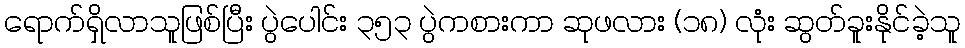
ရောက်ရှိလာသူဖြစ်ပြီး ပွဲပေါင်း ၃၅၃ ပွဲကစားကာ ဆုဖလား (၁၈) လုံး ဆွတ်ခူးနိုင်ခဲ့သူ